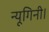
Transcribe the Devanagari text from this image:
न्यूगिनी।